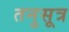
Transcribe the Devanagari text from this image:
तनुसूत्र